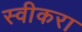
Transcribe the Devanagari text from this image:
स्वीकरा